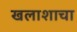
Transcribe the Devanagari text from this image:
खलाशाचा